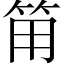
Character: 𰩵